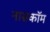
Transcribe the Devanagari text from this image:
नासकॉम